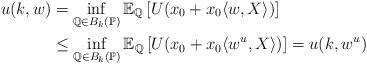
LaTeX: \begin{align*}u(k,w)&=\inf_{\mathbb{Q} \in B_{k}(\mathbb{P} )} \mathbb{E}_{\mathbb{Q}}\left[U(x_0+ x_0 \langle w, X \rangle)\right] \\&\leq \inf_{\mathbb{Q} \in B_{k}(\mathbb{P} )} \mathbb{E}_{\mathbb{Q}}\left[U(x_0+ x_0 \langle w^u, X \rangle)\right]=u(k,w^u)\end{align*}